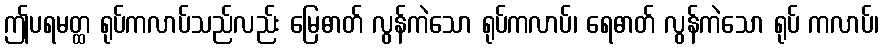
ဤပရမတ္ထ ရုပ်ကလာပ်သည်လည်း မြေဓာတ် လွန်ကဲသော ရုပ်ကလာပ်၊ ရေဓာတ် လွန်ကဲသော ရုပ် ကလာပ်၊